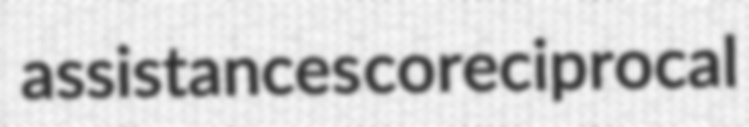
assistances coreciprocal